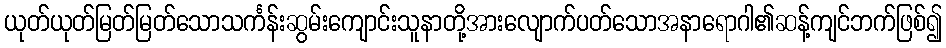
ယုတ်ယုတ်မြတ်မြတ်သောသင်္ကန်းဆွမ်းကျောင်းသူနာတို့အားလျောက်ပတ်သောအနာရောဂါ၏ဆန့်ကျင်ဘက်ဖြစ်၍